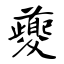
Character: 夔